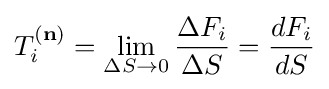
T_{i}^{(\mathbf {n} )}=\lim _{\Delta S\to 0}{\frac {\Delta F_{i}}{\Delta S}}={dF_{i} \over dS}